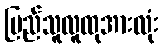
ပြည်သူလူထုအားလုံး